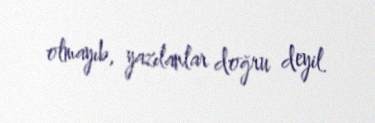
olmayıb, yazılanlar doğru deyil.